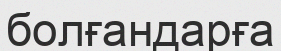
болғандарға